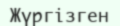
Жүргізген